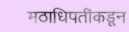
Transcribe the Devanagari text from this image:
मठाधिपतींकडून